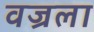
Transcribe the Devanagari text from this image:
वज्रला